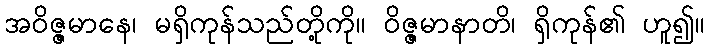
အဝိဇ္ဇမာနေ၊ မရှိကုန်သည်တို့ကို။ ဝိဇ္ဇမာနာတိ၊ ရှိကုန်၏ ဟူ၍။